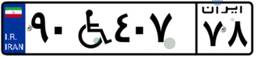
۹۰W۴۰۷۷۸